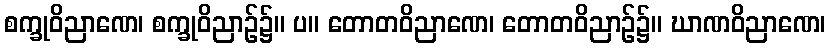
စက္ခုဝိညာဏေ၊ စက္ခုဝိညာဉ်၌။ ပ။ တောတဝိညာဏေ၊ တောတဝိညာဉ်၌။ ဃာဏဝိညာဏေ၊